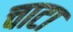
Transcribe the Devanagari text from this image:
चाटा